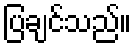
ပြချင်သည်။